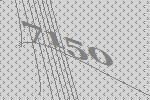
7150